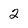
Character: 2